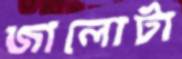
জালোটা